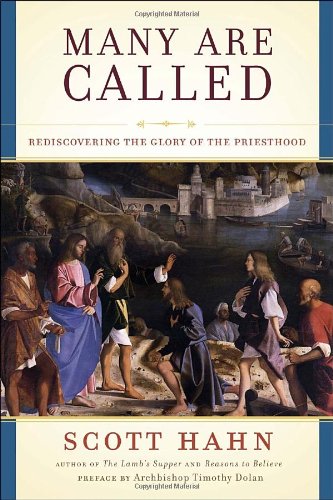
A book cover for Many Are Called: Rediscovering the Glory of the Priesthood; Scott Hahn; Christian Books & Bibles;